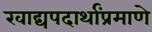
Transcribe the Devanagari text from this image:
खाद्यपदार्थांप्रमाणे